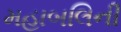
મહાબલિની